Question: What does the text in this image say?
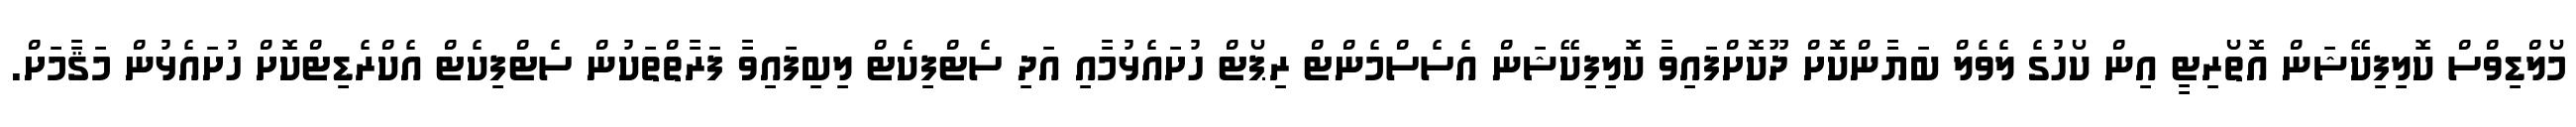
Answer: މޯލްޑިވްސް ކޮލިފިކޭޝަން އޮތޯރިޓީ އިން ކޯހުގެ ލެވެލް ބަޔާންކޮށް ދޫކޮށްފައިވާ ކޮލިފިކޭޝަން އެސެސްމެންޓް ރިޕޯޓް ހުށައެޅުމާއި އަދި ސެޓްފިކެޓް ލިބިފައިވާ ފަރާތްތަކުން ސެޓްފިކެޓް އެކްރެޑިޓްކޮށް ހުށައެޅުން މަޤާމަށް.